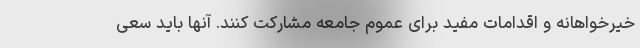
خیرخواهانه و اقدامات مفید برای عموم جامعه مشارکت کنند. آنها باید سعی